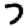
Digit: 7